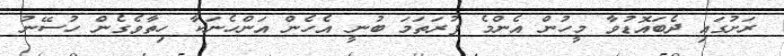
ރަށުގައި ދެބައޮޑުވާ މީހުން އެންމެ ފުރަތަމަ ބުނީ އެހެން އަންހެނަކާ ހިތާވެގެން ހުސޭނު